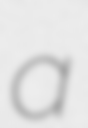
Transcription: a